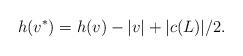
LaTeX: \begin{align*}h(v^*)=h(v)-|v|+|c(L)|/2.\end{align*}